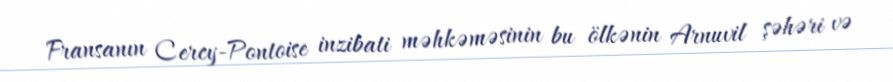
Fransanın Cercy-Pontoise inzibati məhkəməsinin bu ölkənin Arnuvil şəhəri və